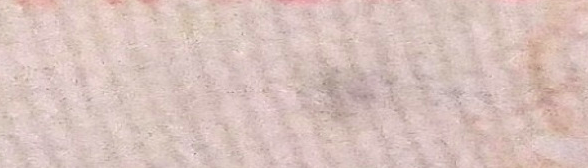
TRY OUR PIZZA